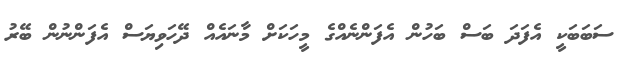
ސަބަބަކީ އެފަދަ ބަސް ބަހުން އެފަންނެއްގެ މީހަކަށް މާނައެއް ދޭހަވިޔަސް އެފަންނުން ބޭރު